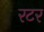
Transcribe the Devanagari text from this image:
रटर